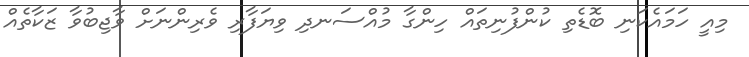
މިއީ ހަމައެކަނި ބޮޑެތި ކުންފުނިތައް ހިންގާ މުއްސަނދި ވިޔަފާރި ވެރިންނަށް ވާޖިބުވާ ޒަކާތެއް